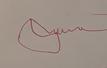
Signature authenticity: forged